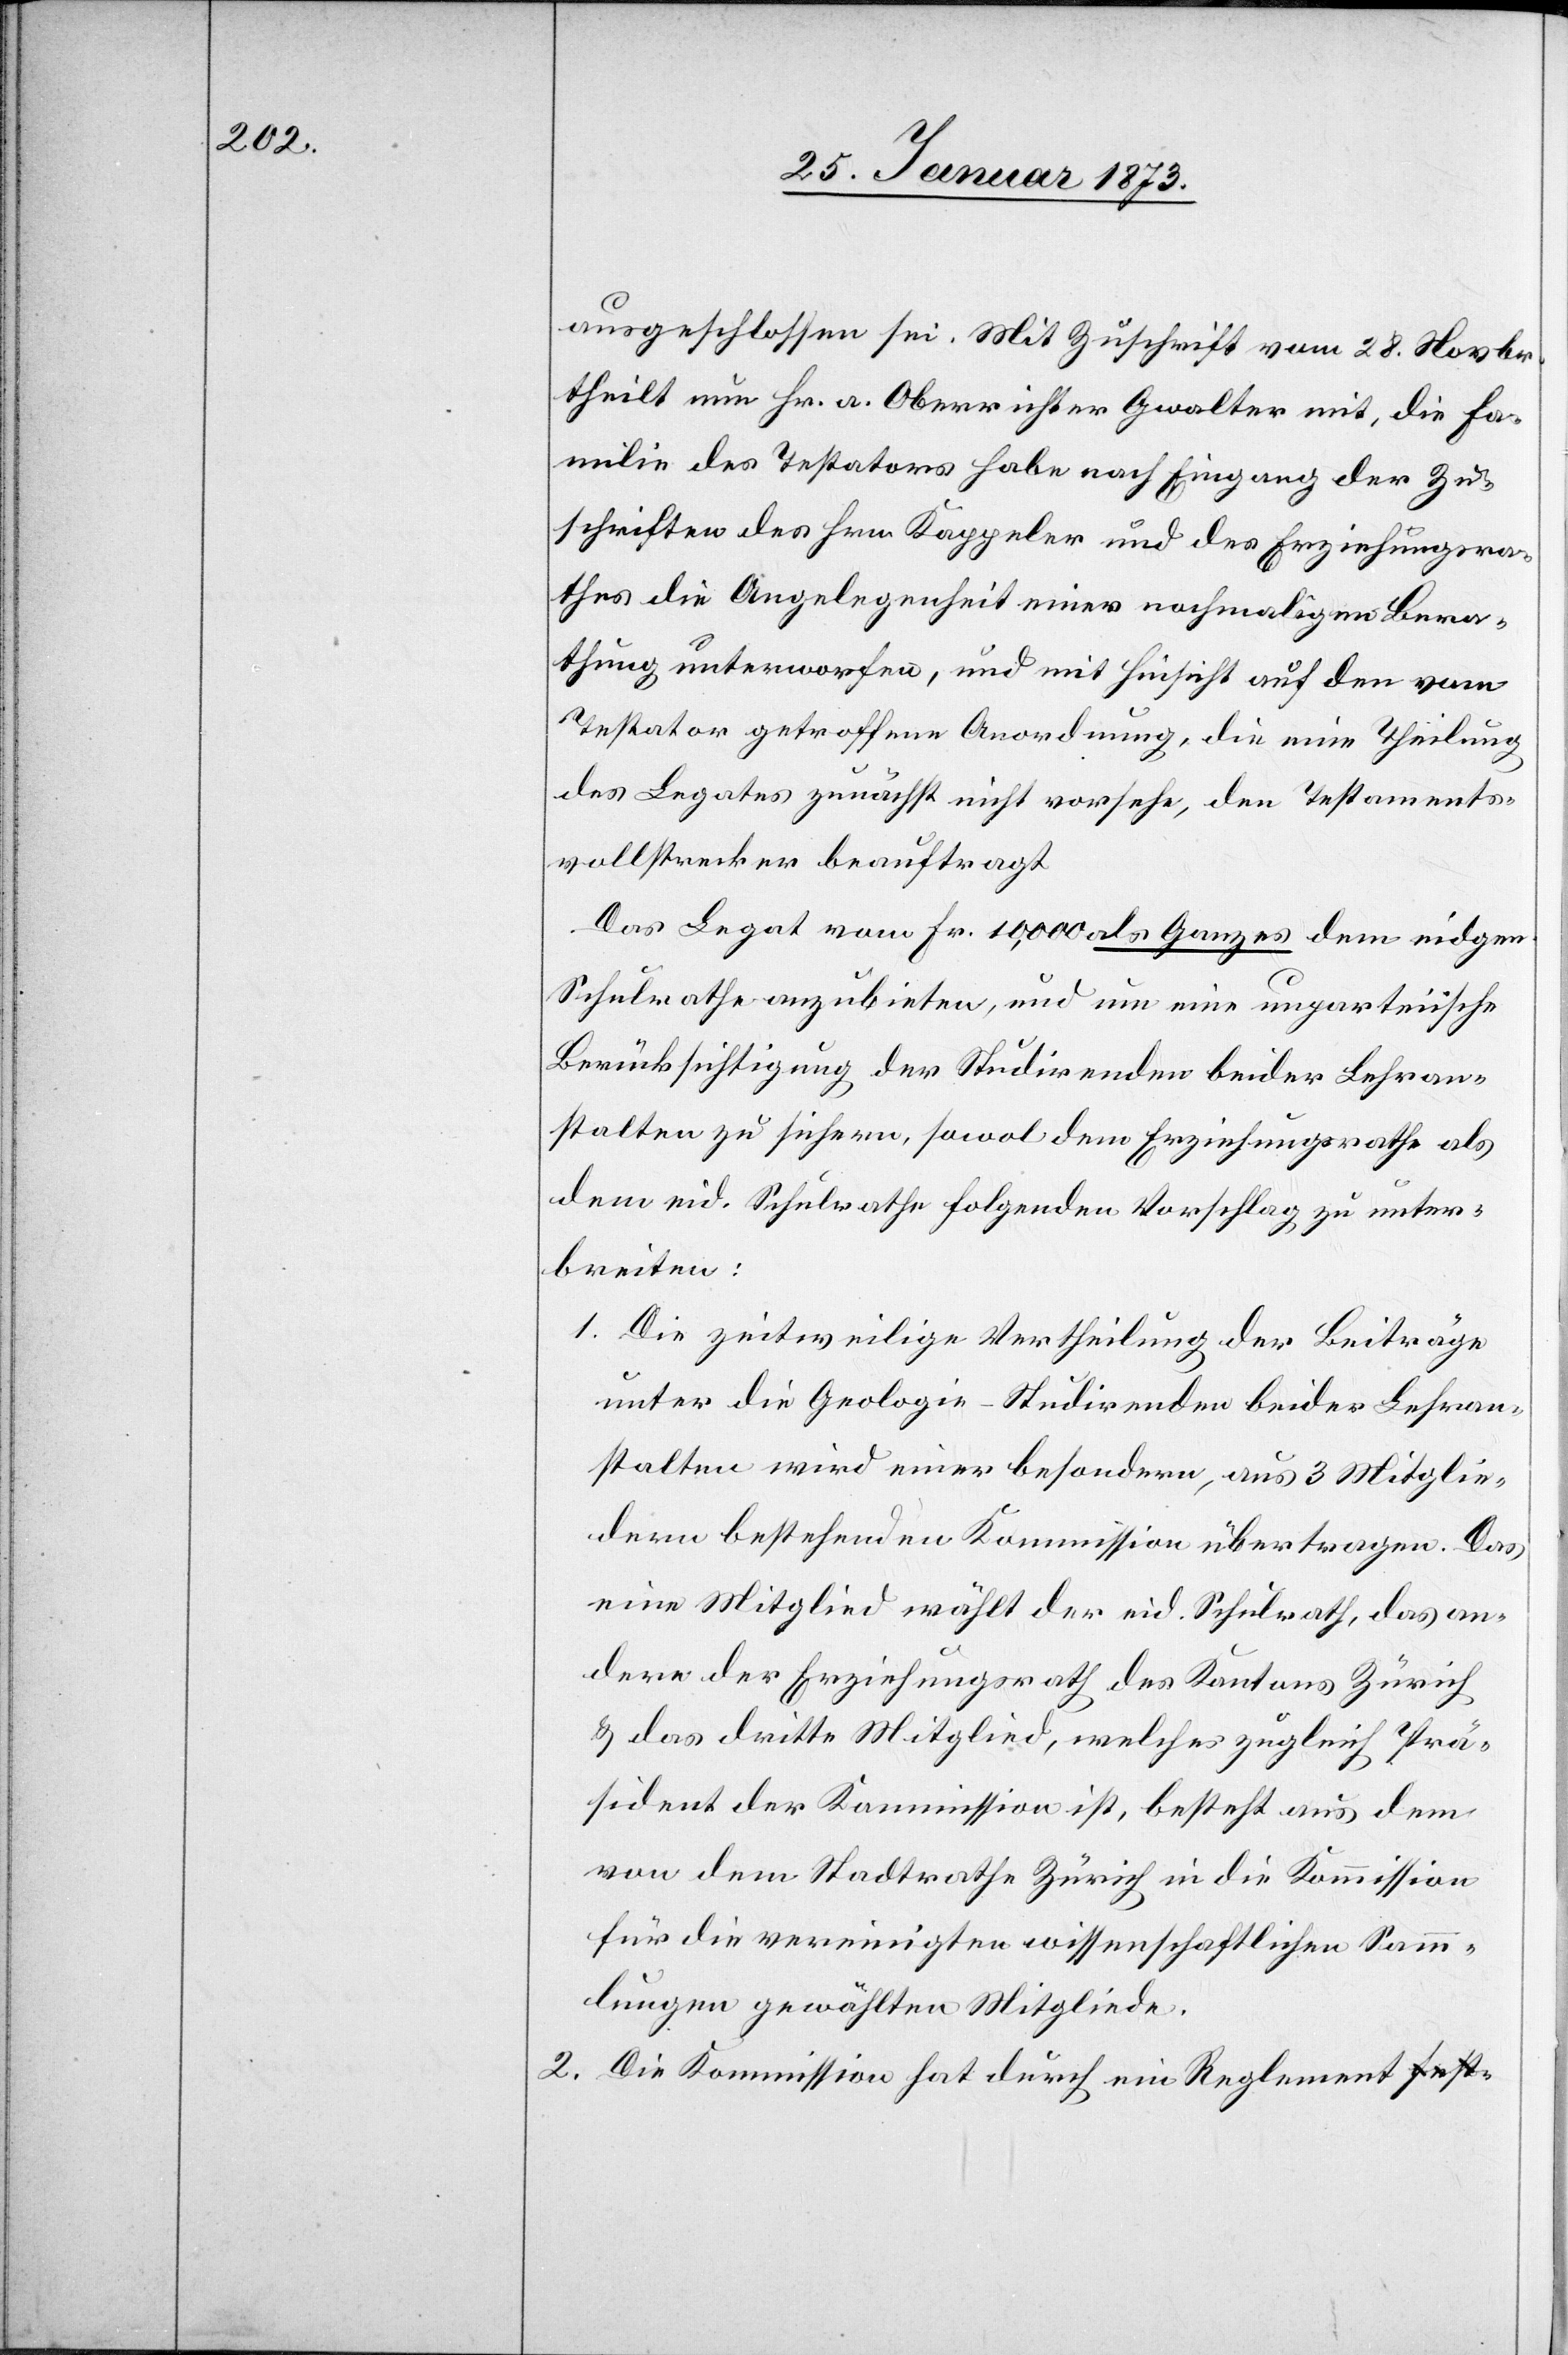
ausgeschlossen sei. Mit Zuschrift vom 28. Novbr.
theilt nun Hr. a. Oberrichter Gwalter mit, die Fa¬
milie des Testators habe nach Eingang der Zu¬
schriften des Hrn. Kappeler und des Erziehungsra¬
thes die Angelegenheit einer nochmaligen Bera¬
thung unterworfen, und mit Einsicht auf den
Testator getroffene[n] Anordnung, die eine Theilung
des Legates zunächst nicht vorsehe, den Testaments¬
vollstrecker beauftragt.
Das Legat von Fr. 10,000 als Ganzes dem eidgen.
Schulrathe anzubieten, und um eine unparteiische
Berücksichtigung der Studirenden beider Lehran¬
stalten zu sichern, sowol dem Erziehungsrathe als
dem eid. Schulrathe folgenden Vorschlag zu unter¬
breiten:
1. Die zeitweilige Vertheilung der Beiträge
unter die Geologie-Studirenden beider Lehran¬
stalten wird einer besondern, aus 3 Mitglie¬
dern bestehenden Kommission übertragen. Das
eine Mitglied wählt der eid. Schulrath, das an¬
dere der Erziehungsrath des Kantons Zürich
u. das dritte Mitglied, welches zugleich Prä¬
sident der Kommission ist, besteht aus dem
von dem Stadtrathe Zürich in die Kommission
für die vereinigten wissenschaftlichen Sam¬
mlungen gewählten Mitgliede.
2. Die Kommission hat durch ein Reglement